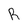
Character: R